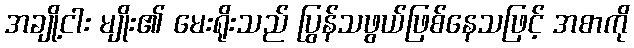
အချို့ငါး မျိုး၏ မေးရိုးသည် ပြွန်သဖွယ်ဖြစ်နေသဖြင့် အစာကို